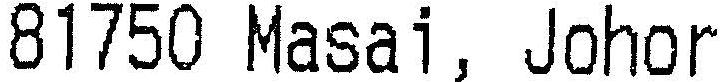
81750 MASAI, JOHOR